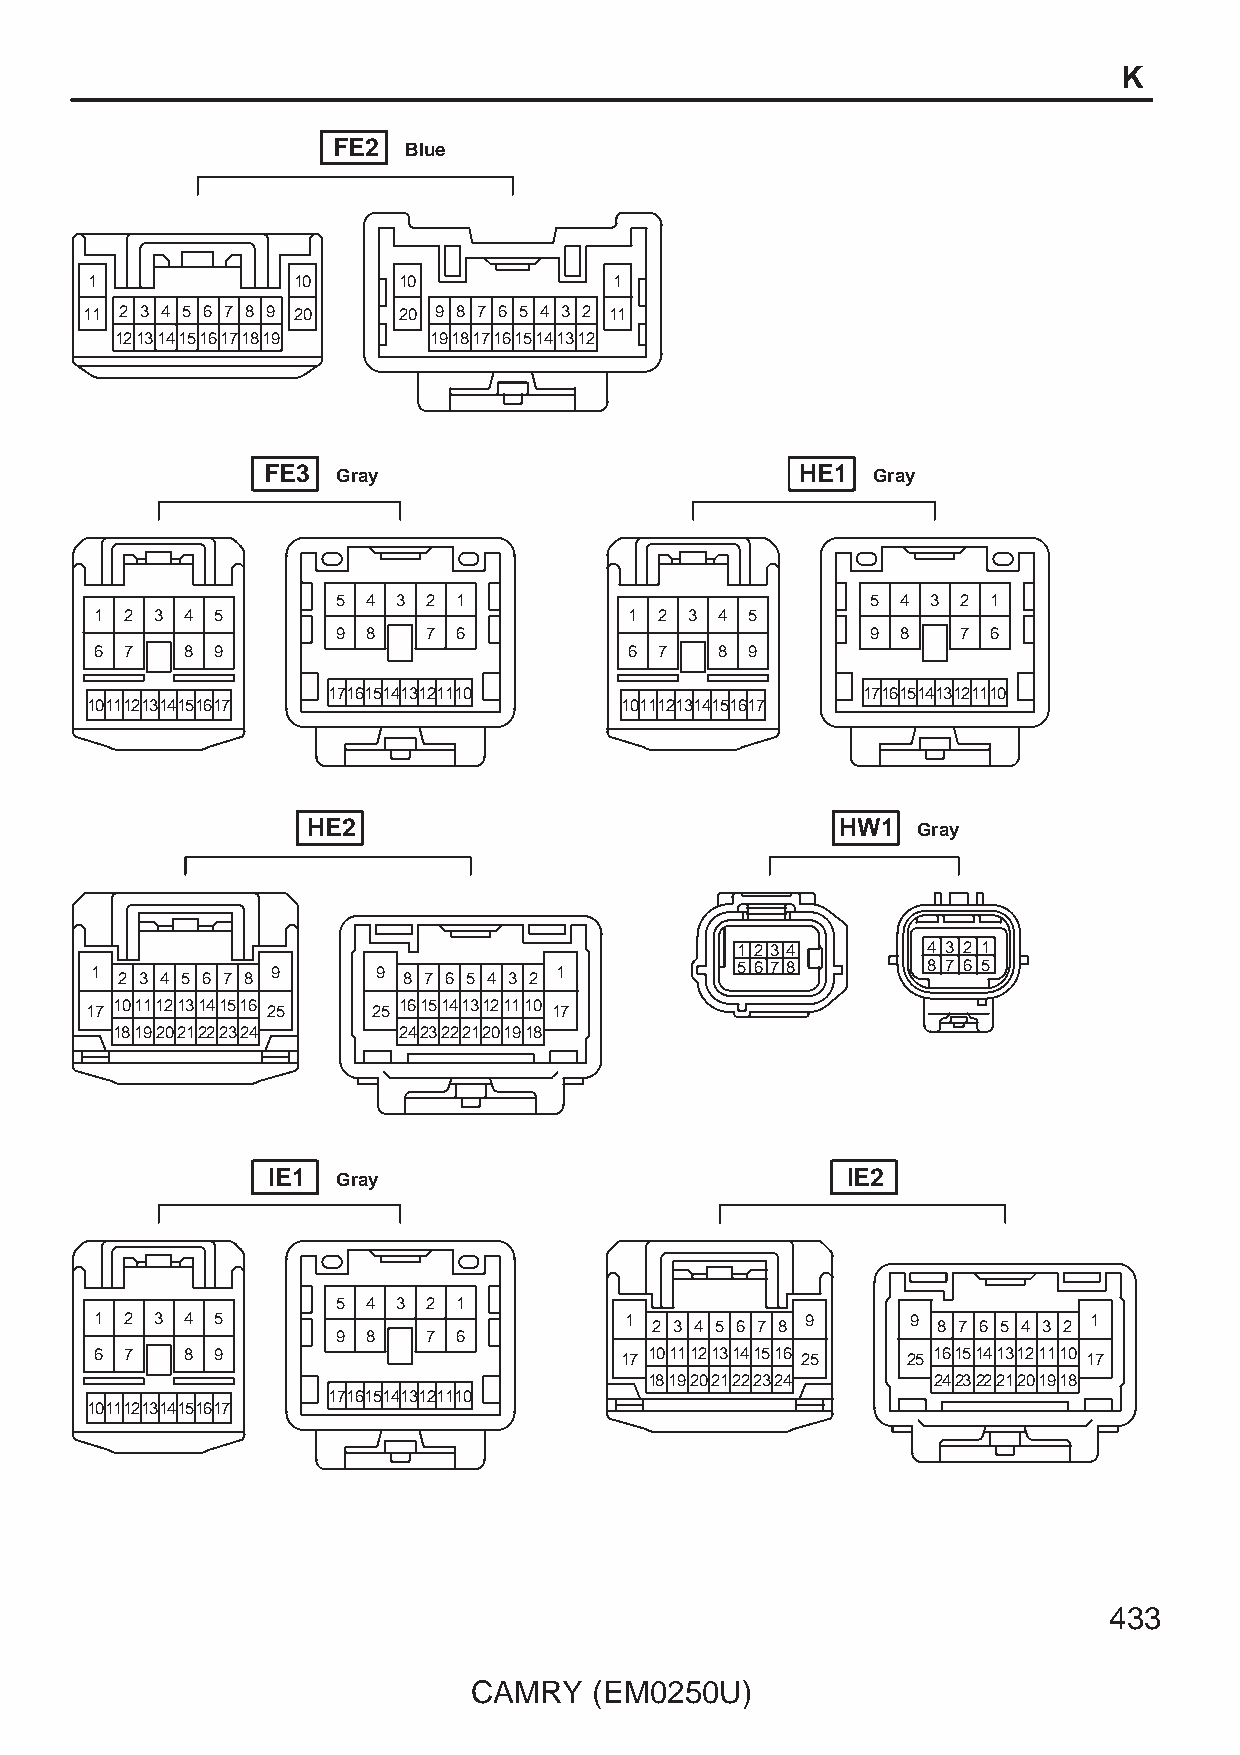
K
 FE2  Blue
 1            10     10             1
 11 2 3 4 5 6 7 8 9 20 20 9 8 7 6 5 4 3 2 11
 1213141516171819    1918171615141312
 FE3  Gray                           HE1  Gray
 5 4 3 2 1                           5 4 3 2 1
 1 2 3 4 5                           1 2 3 4 5
 9 8   7 6                           9 8   7 6
 6 7   8 9                           6 7   8 9
 1716151413121110                   1716151413121110
 1011121314151617                   1011121314151617
 HE2                                 HW1  Gray
 1 2 3 4     4 3 2 1
 1 2 3 4 5 6 7 8 9  9 8 7 6 5 4 3 2 1       5 6 7 8     8 7 6 5
 17 10111213141516 25 25 16151413121110 17
 18192021222324    24232221201918
 IE1 Gray                              IE2
 5 4 3 2 1
 1 2 3 4 5                          1 2 3 4 5 6 7 8 9  9 8 7 6 5 4 3 2 1
 9 8   7 6
 6 7   8 9                          17 10111213141516 25 25 16151413121110 17
 18192021222324     24232221201918
 1716151413121110
 1011121314151617
 433
 CAMRY   (EM0250U)